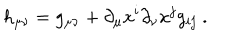
h _ { \mu \nu } = g _ { \mu \nu } + \partial _ { \mu } x ^ { i } \partial _ { \nu } x ^ { j } g _ { i j } \ .